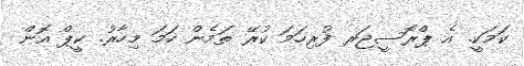
ކަމަކީ. އެ ޕްރޮސީޖަރ ފުރިހަމަ ކުރޭ ތަމެން ހަމަ މިހާރު. ކީޕް އޮން